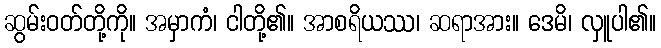
ဆွမ်းဝတ်တို့ကို။ အမှာကံ၊ ငါတို့၏။ အာစရိယဿ၊ ဆရာအား။ ဒေမိ၊ လှူပါ၏။